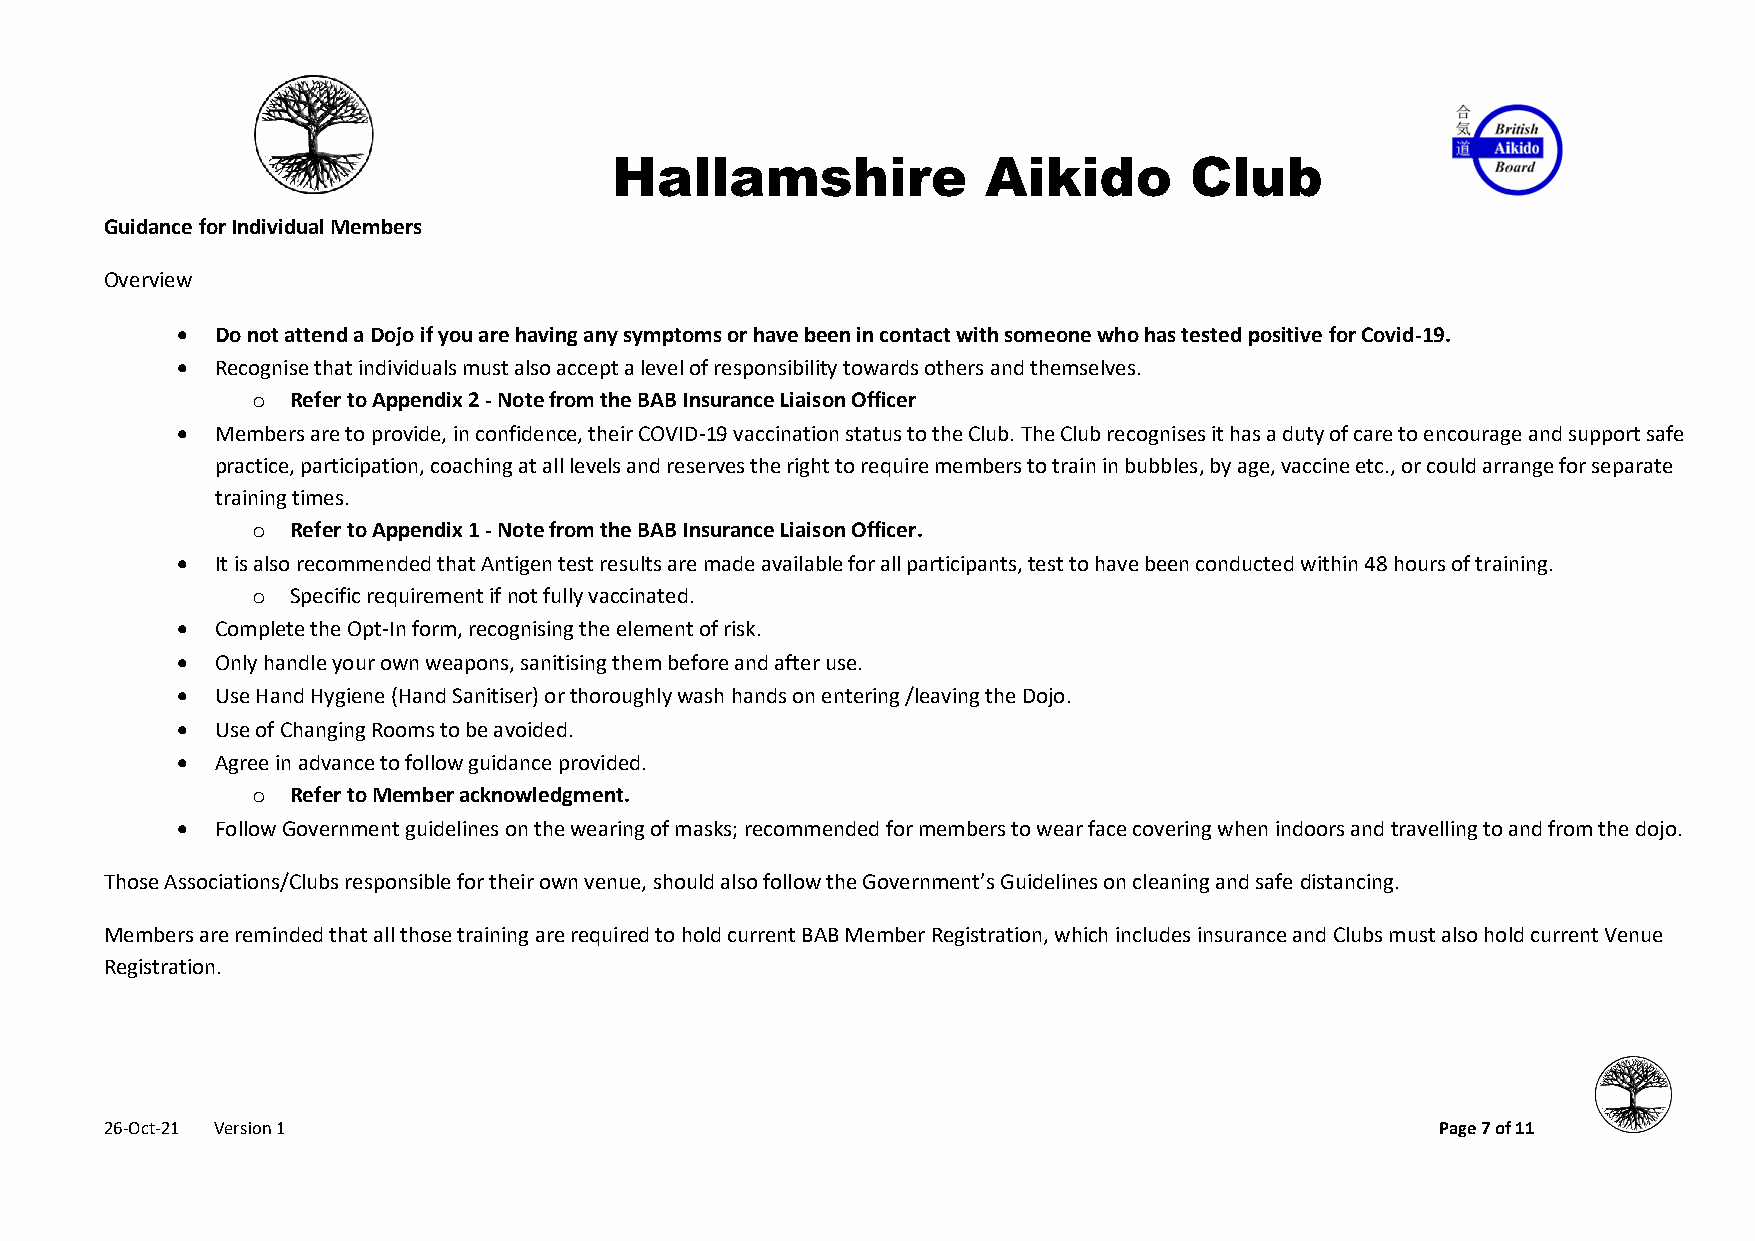
Hallamshire              Aikido        Club
 Guidance for Individual Members
 Overview
 • Do not attend a Dojo if you are having any symptoms or have been in contact with someone who has tested positive for Covid-19.
 • Recognise that individuals must also accept a level of responsibility towards others and themselves.
 o Refer to Appendix 2 - Note from the BAB Insurance Liaison Officer
 • Members are to provide, in confidence, their COVID-19 vaccination status to the Club. The Club recognises it has a duty of care to encourage and support safe
 practice, participation, coaching at all levels and reserves the right to require members to train in bubbles, by age, vaccine etc., or could arrange for separate
 training times.
 o Refer to Appendix 1 - Note from the BAB Insurance Liaison Officer.
 • It is also recommended that Antigen test results are made available for all participants, test to have been conducted within 48 hours of training.
 o Specific requirement if not fully vaccinated.
 • Complete the Opt-In form, recognising the element of risk.
 • Only handle your own weapons, sanitising them before and after use.
 • Use Hand Hygiene (Hand Sanitiser) or thoroughly wash hands on entering /leaving the Dojo.
 • Use of Changing Rooms to be avoided.
 • Agree in advance to follow guidance provided.
 o Refer to Member acknowledgment.
 • Follow Government guidelines on the wearing of masks; recommended for members to wear face covering when indoors and travelling to and from the dojo.
 Those Associations/Clubs responsible for their own venue, should also follow the Government’s Guidelines on cleaning and safe distancing.
 Members are reminded that all those training are required to hold current BAB Member Registration, which includes insurance and Clubs must also hold current Venue
 Registration.
 26-Oct-21 Version 1                                                                     Page 7 of 11